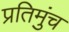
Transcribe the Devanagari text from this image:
प्रतिमुंच